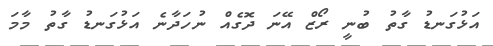
އަޅުގަނޑު ގާތު ބުނީ ރޯޒް އޭނަ ދޮގެއް ނުހަދާނެ އަޅުގަނޑު ގާތު މާމަ